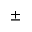
\pm